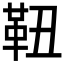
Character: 靵